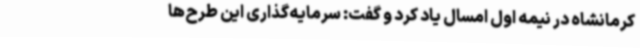
کرمانشاه در نیمه اول امسال یاد کرد و گفت: سرمایه‌گذاری این طرح‌ها